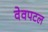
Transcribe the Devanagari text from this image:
वेवपटल